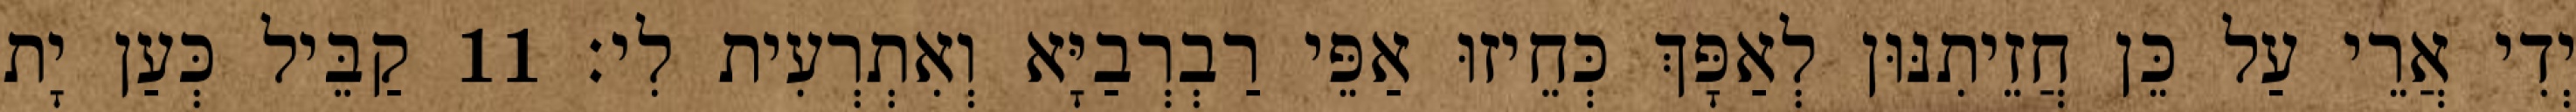
יְדִי אֲרֵי עַל כֵּן חֲזֵיתִנּוּן לְאַפָּךְ כְּחֵיזוּ אַפֵּי רַבְרְבַיָּא וְאִתְרְעִית לִי׃ 11 קַבֵּיל כְּעַן יָת